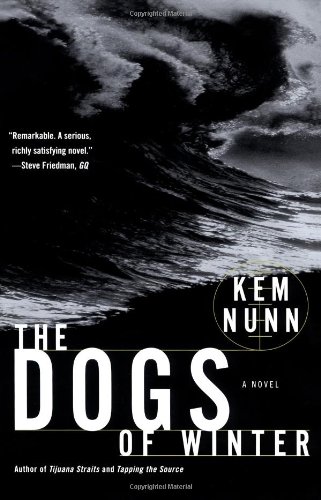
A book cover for The Dogs of Winter; Kem Nunn; Romance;